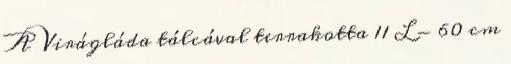
A Virágláda tálcával terrakotta 11 L - 60 cm